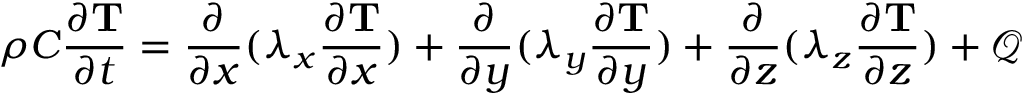
\rho C \frac { \partial \mathbf { T } } { \partial t } = \frac { \partial } { \partial x } ( \lambda _ { x } \frac { \partial \mathbf { T } } { \partial x } ) + \frac { \partial } { \partial y } ( \lambda _ { y } \frac { \partial \mathbf { T } } { \partial y } ) + \frac { \partial } { \partial z } ( \lambda _ { z } \frac { \partial \mathbf { T } } { \partial z } ) + \mathcal { Q }